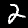
Label: 2